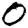
Digit: 0